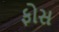
ફોસ